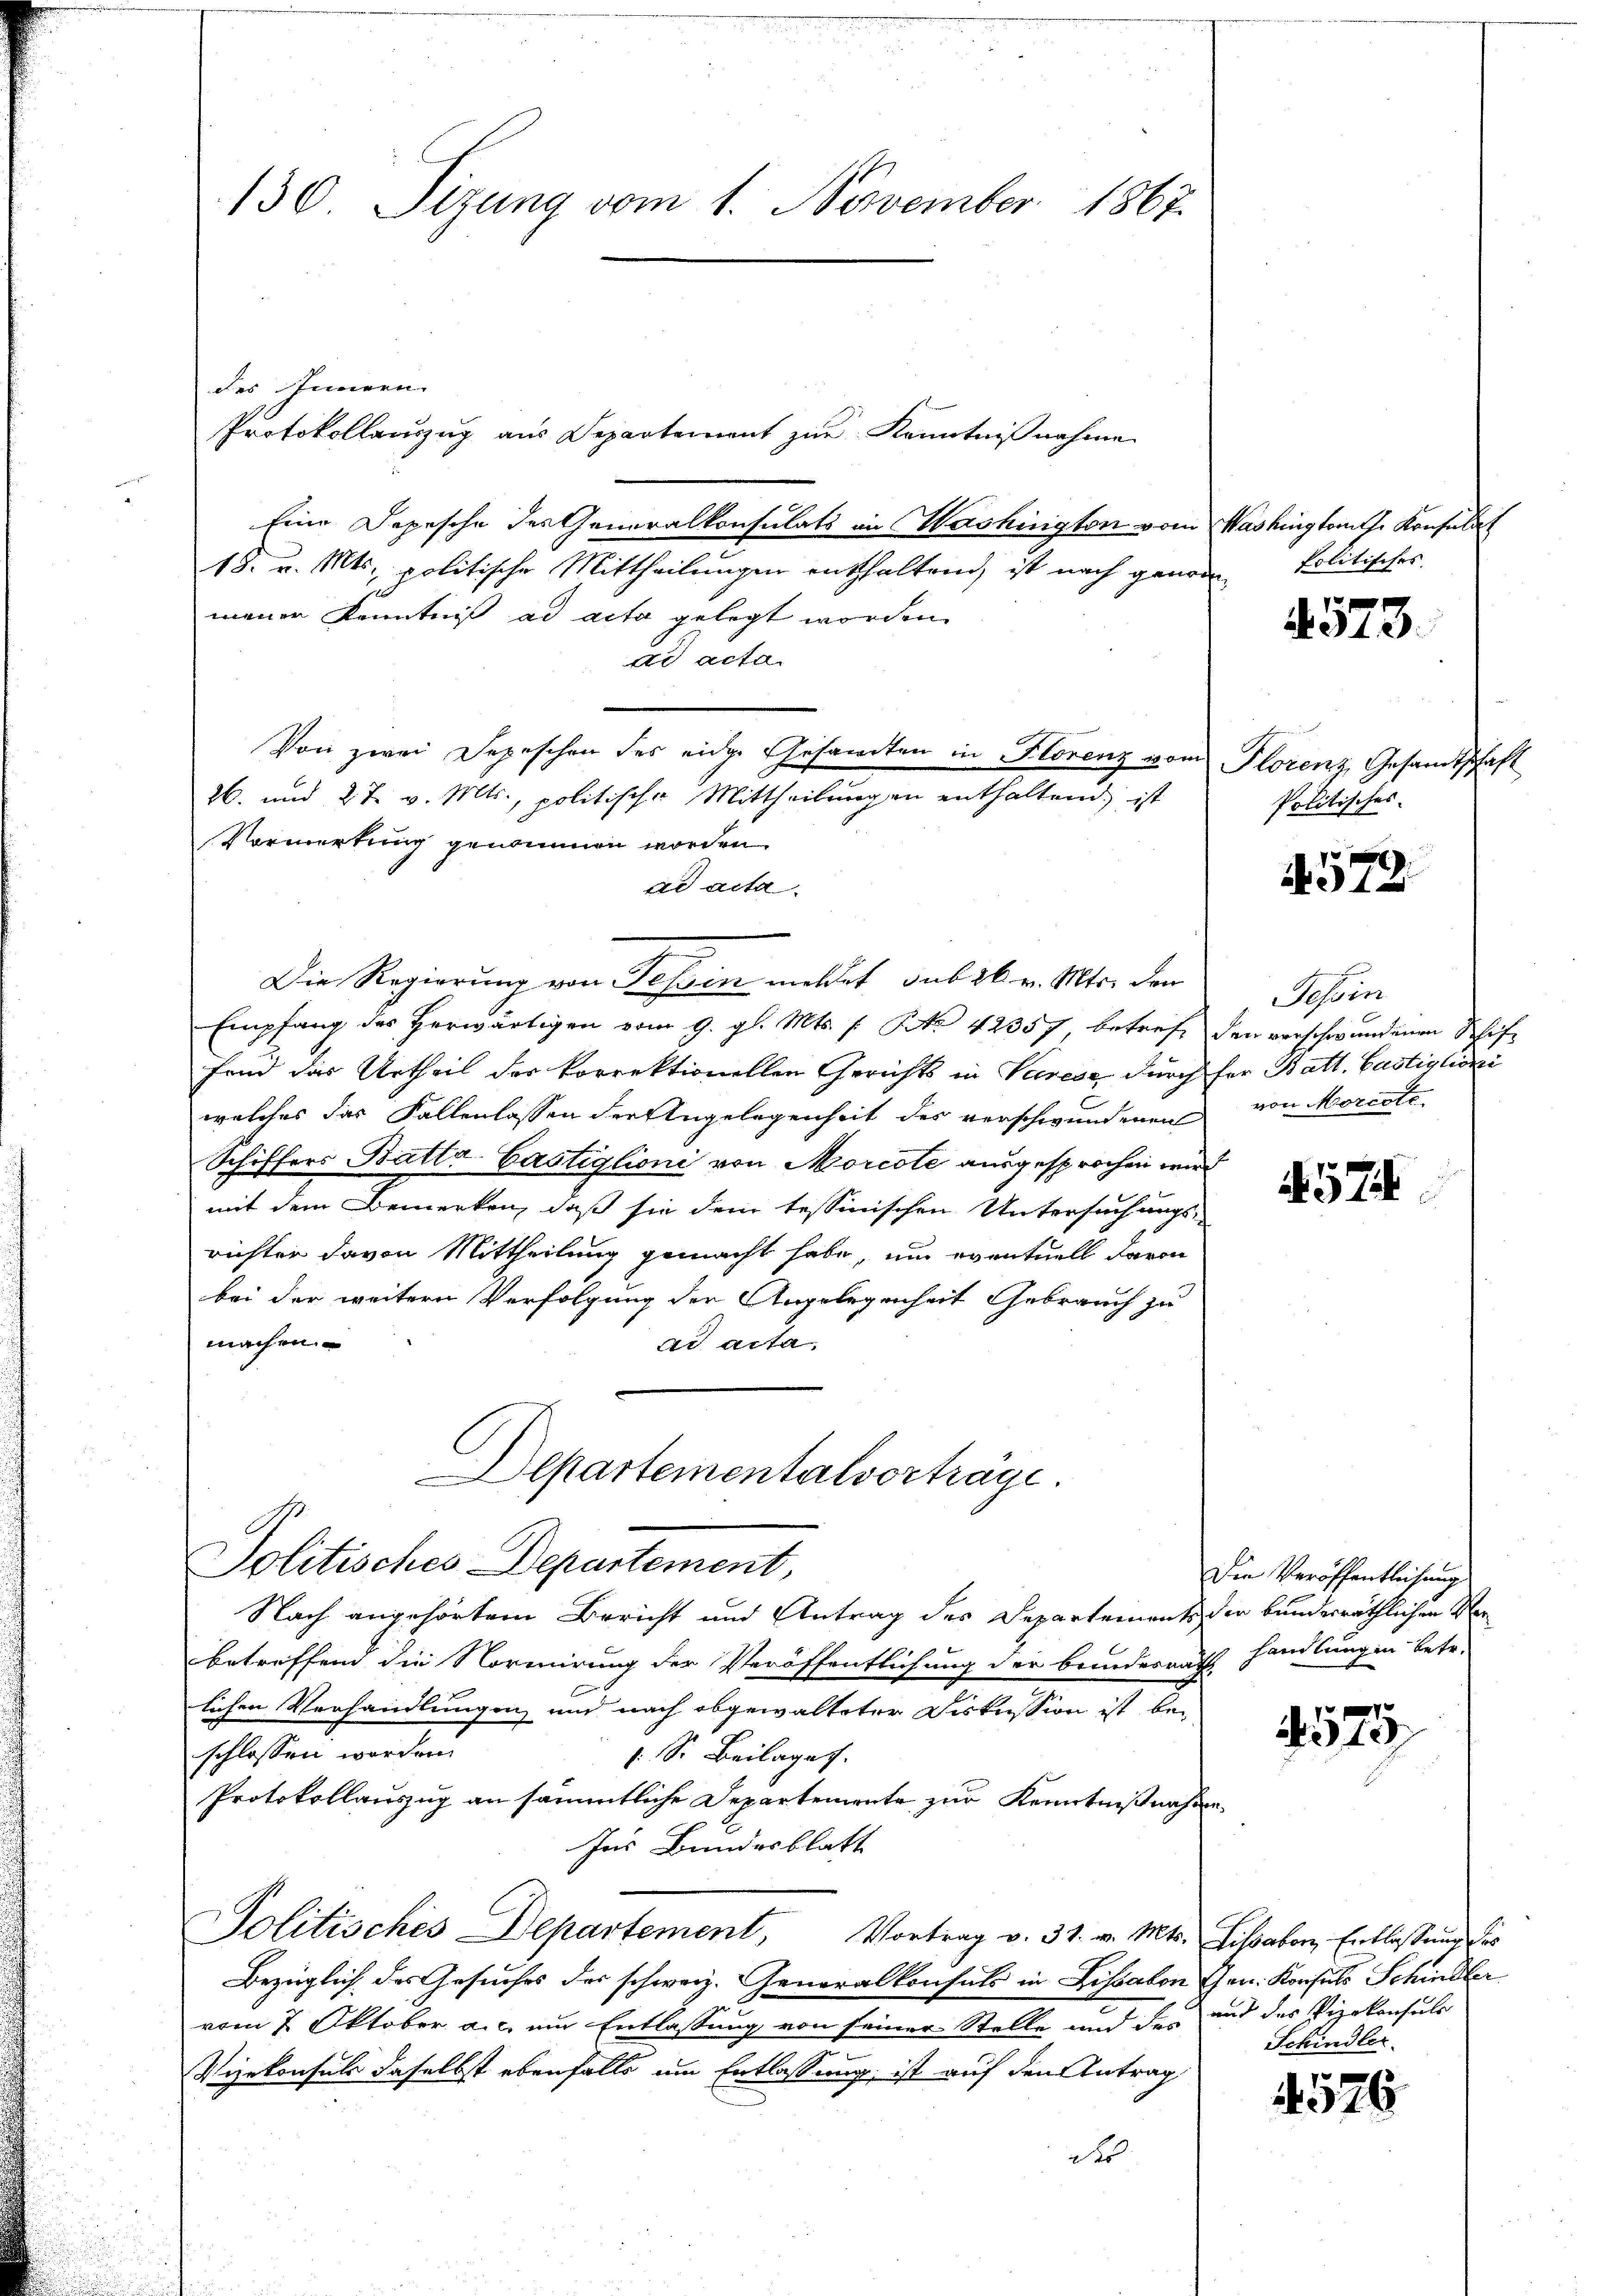
des Innern.
Protokollauszug aus Departement zur Kenntnißnahme
Eine Dopesche des Generalkonsulats in Washington vom Washingtont. Konsulat
18. v. Mts. politische Mittheilungen enthaltend, ist nach genom
meiner Kenntniß ad acta gelegt worden.
ad acta
Von zwei Depeschen des eidge Gesandten in Florenz vom Florenz, Gesandtschaft
26. und 27. v. Mts., politische Mittheilungen enthaltend, ist
Vormerkung genommen worden.
ad acta
Die Regierung von Tessin meldet, sub 26. v. Mts. den
Empfang des herwärtigen vom 9. gl. Mts. f. No 42357, betreff den verschwundenen Schiffand das Urtheil der korrektionellen Gerichts in Varese durch für Batt. Gustiglioni
welches das Fallenlassen der Angelegenheit des verschwundenen von Morcote
Schiffers Batta-Castiglioni von Morcote ausgesprochen wird
mit dem Bemerken, daß sie dem tessinischen Untersuchungs-
richten davon Mittheilung gemacht habe, um eventuell davon
bei der weitern Verfolgung der Angelegenheit Gebrauch zu
machen.
ad acta
Departementalverträge

130. Sizung vom 1. November 1867.

Politisches Departement,

Politisches

Nach angehörtem Bericht und Antrag des Departements der bundesräthlichen Verbetreffend die Normirung der Veröffentlichung der brindesaufs handlungen betr.
lichen Verhandlungen und nach abgewalteter Diskussion ist beschlossen worden.
 S. Beilages.
Protokollauszug an sämmtliche Departemente zur Kenntnißnahme
Ins Bundesblatt
Politisches Departement, Vortrag v. 31. v. Mts. Lissabon Entlassung des
Bezüglich des Gesuches des schweiz. Generalkonsuls in Lissabon hrn. Konsuls Schindler
vom 7. Oktober a.c. um Entlassung von seiner Stelle und des und das Vizekonsuls
Vizekonsuls daselbst ebenfalls um Entlassung, ist auf den Antrag
des

4573.

Politisches.

4572

Tessin

457

Die Veröffentlichung

4575

Schindler.

4576